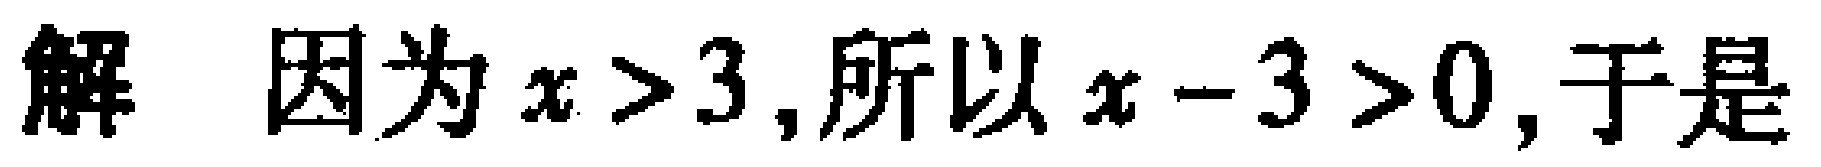
解 因为\(x > 3\)，所以\(x - 3 > 0\)，于是